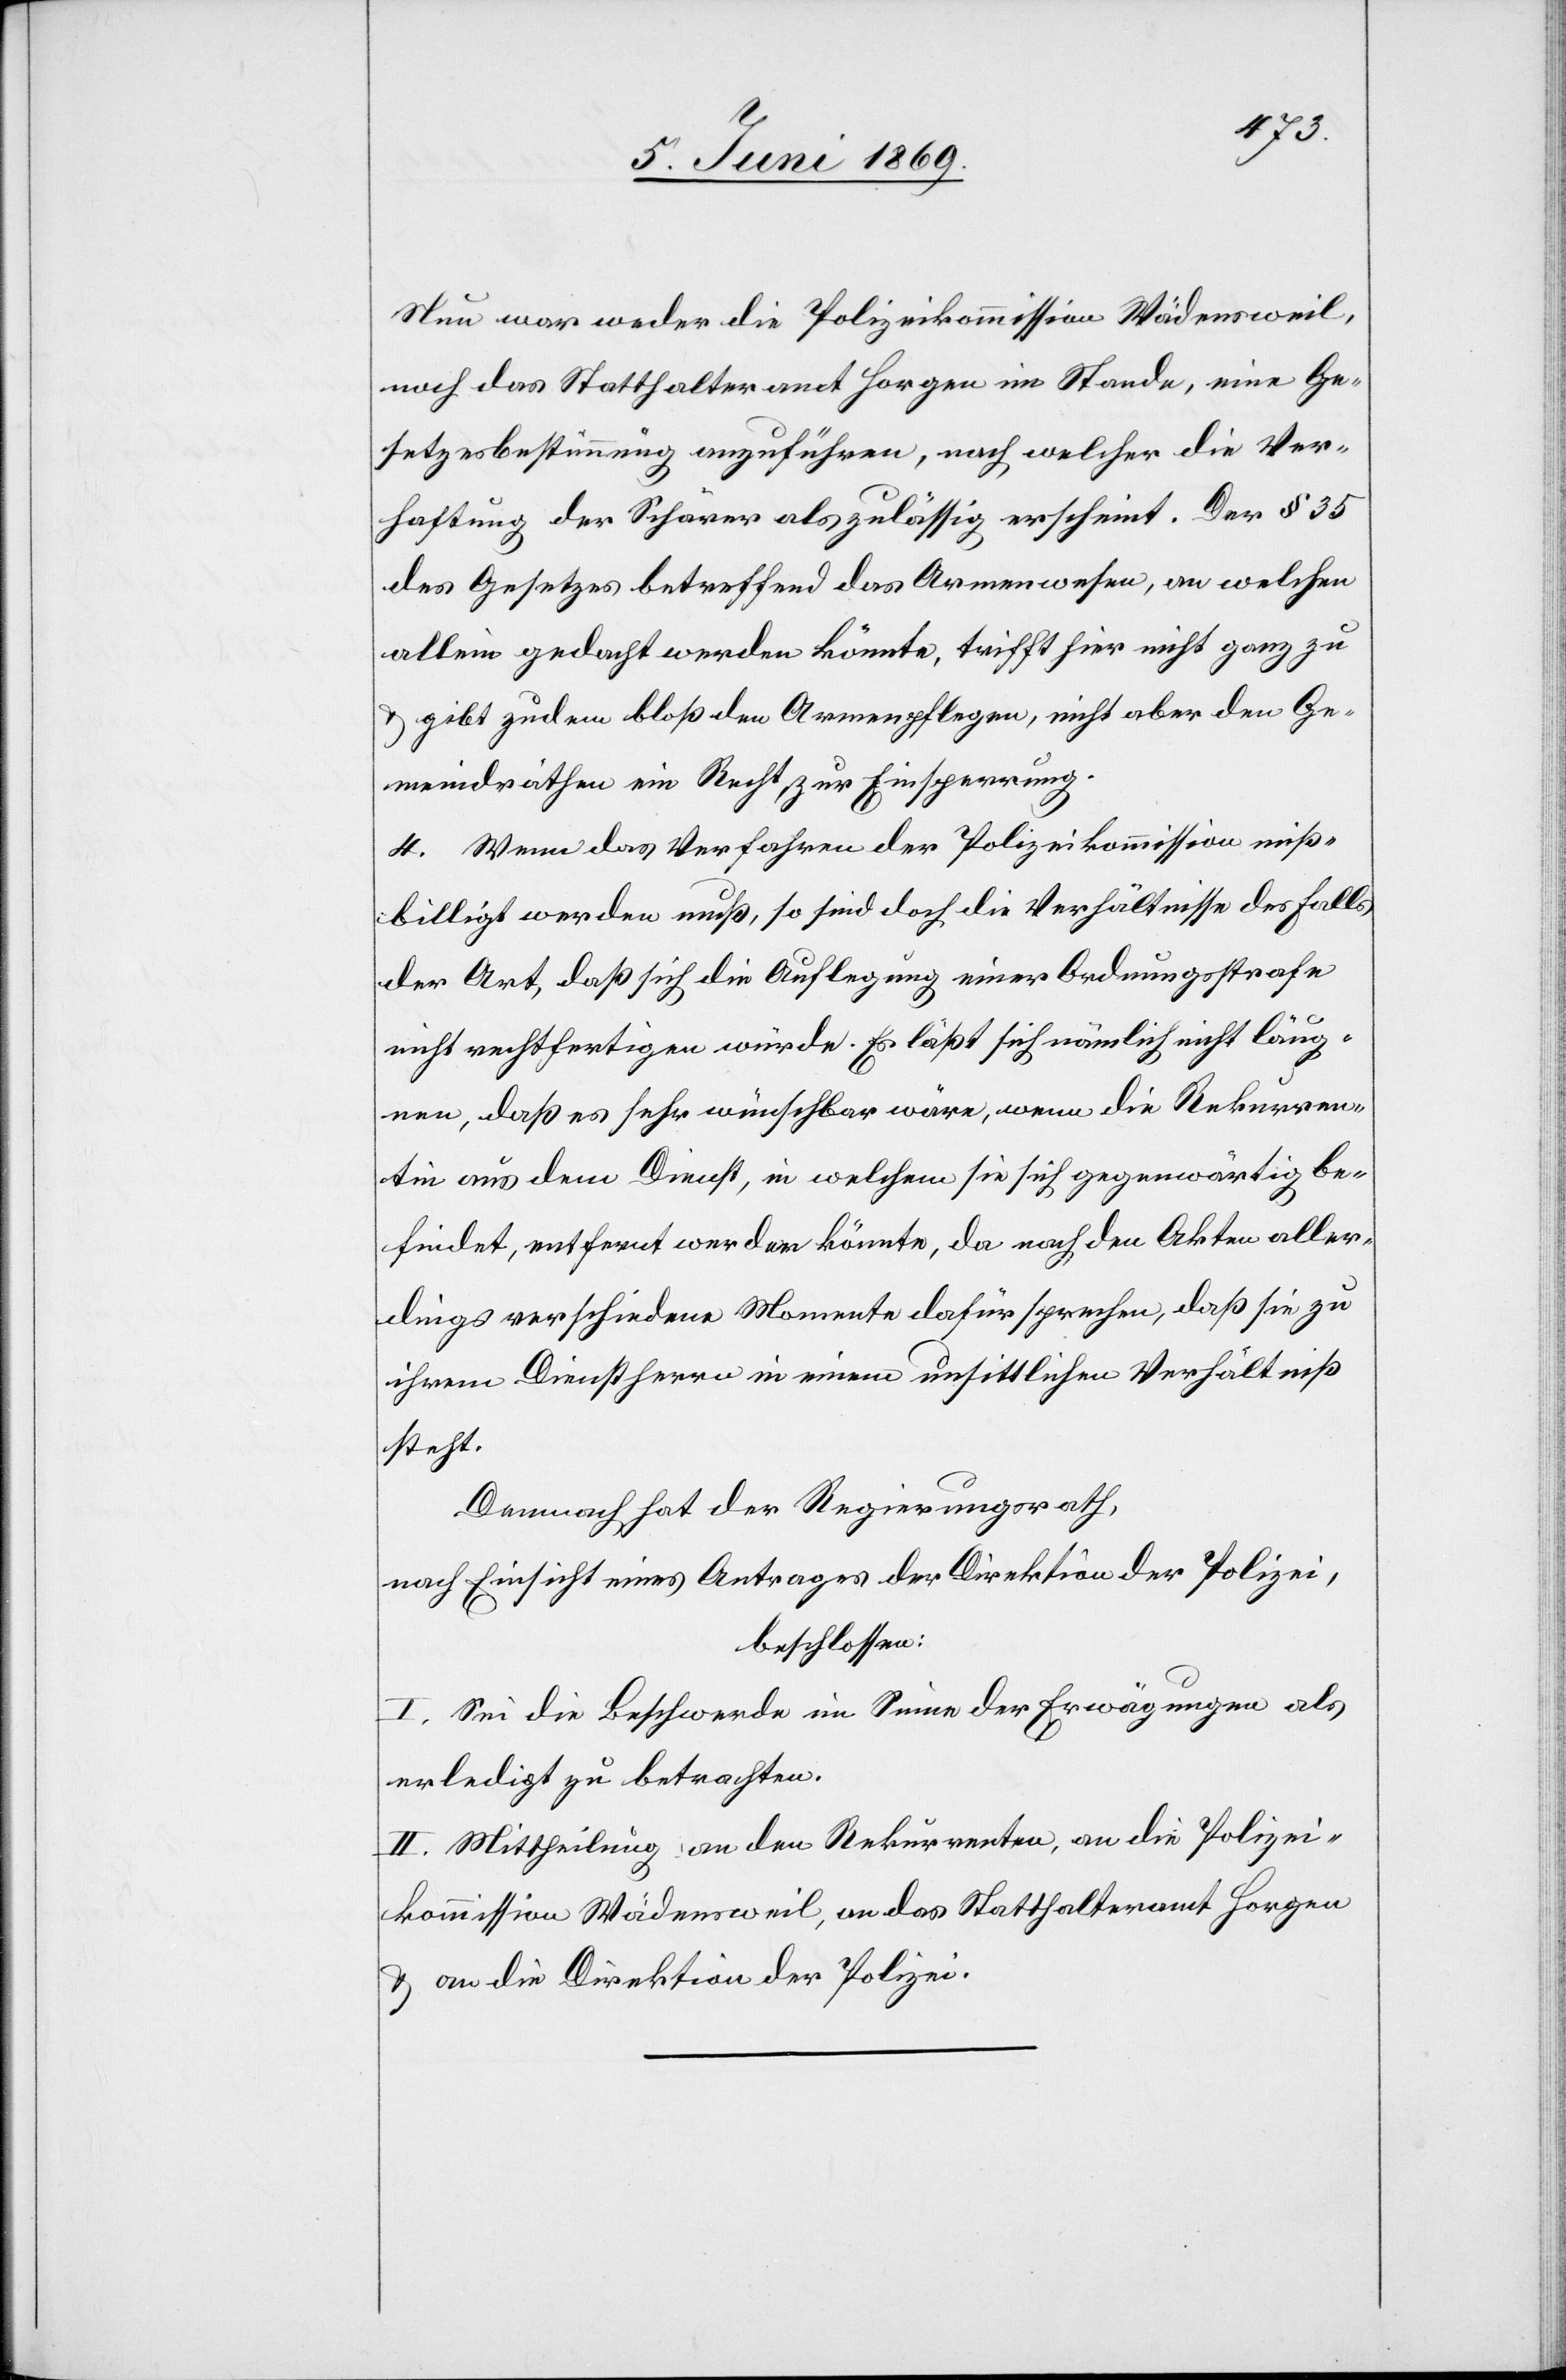
Nun war weder die Polizeikommission Wädensweil,
noch das Statthalteramt Horgen im Stande, eine Ge¬
setzesbestimmung anzuführen, nach welcher die Ver¬
haftung der Schärer als zulässig erscheint. Der § 35
des Gesetzes betreffend das Armenwesen, an welchen
allein gedacht werden könnte, trifft hier nicht ganz zu
u. gibt zudem bloß den Armenpflegen, nicht aber den Ge¬
meindräthen ein Recht zur Einsperrung.
4. Wenn das Verfahren der Polizeikommission miß¬
billigt werden muß, so sind doch die Verhältnisse des Falls,
der Art, daß sich die Auflegung einer Ordnungsstrafe
nicht rechtfertigen würde. Es läßt sich nämlich nicht läug¬
nen, daß es sehr wünschbar wäre, wenn die Rekurren¬
tin aus dem Dienst, in welchem sie sich gegenwärtig be¬
findet, entfernt werden könnte, da nach den Akten aller¬
dings verschiedene Momente dafür sprechen, daß sie zu
ihrem Dienstherrn in einem unsittlichen Verhältniß
steht.
Demnach hat der Regierungsrath,
nach Einsicht eines Antrages der Direktion der Polizei,
beschlossen:
I. Sei die Beschwerde im Sinne der Erwägungen als
erledigt zu betrachten.
II. Mittheilung an den Rekurrenten, an die Polizei¬
kommission Wädensweil, an das Statthalteramt Horgen
u. an die Direktion der Polizei.